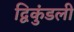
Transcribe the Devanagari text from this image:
द्विकुंडली